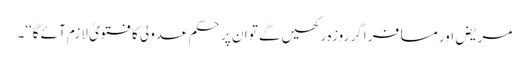
مریض اور مسافر اگر روزہ رکھیں گے تو ان پر حکم عدولی کا فتویٰ لازم آئے گا‘‘۔